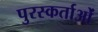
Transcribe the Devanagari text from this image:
पुरस्कर्ताओं